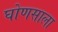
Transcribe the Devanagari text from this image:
घोणसाला